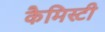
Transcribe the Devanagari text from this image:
कैमिस्टी